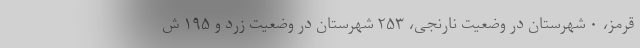
قرمز، ۰ شهرستان در وضعیت نارنجی، ۲۵۳ شهرستان در وضعیت زرد و ۱۹۵ ش